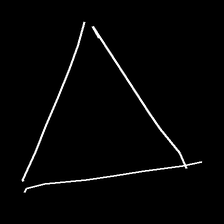
Glyph: convergence